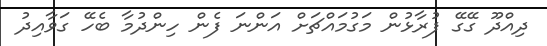
ދިއްދޫ ގޭގޭ ފުރާޅުން މަގުމައްޗަށް އަންނަ ފެން ހިންދުމާ ބެހޭ ގަވާއިދު